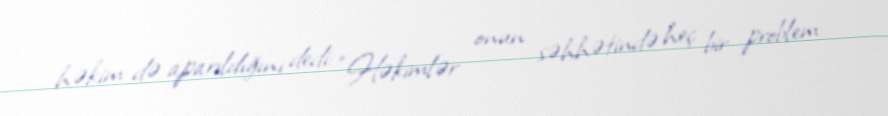
həkim də aparıldığını dedi: “Həkimlər onun səhhətində heç bir problem